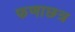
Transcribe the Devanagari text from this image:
फणाछत्र